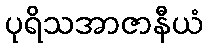
ပုရိသအာဇာနီယံ